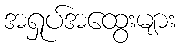
အရှုပ်အထွေးများ